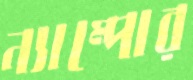
ন্যাম্পোর